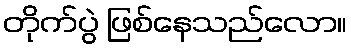
တိုက်ပွဲ ဖြစ်နေသည်လော။